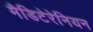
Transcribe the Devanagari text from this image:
मैडिटेरेनियन